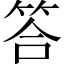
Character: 答